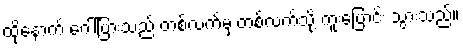
ထို့နောက် ဂေါ်ပြားသည် တစ်လက်မှ တစ်လက်သို့ ကူးပြောင်း သွားသည်။